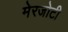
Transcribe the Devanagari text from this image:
मेरजोटी